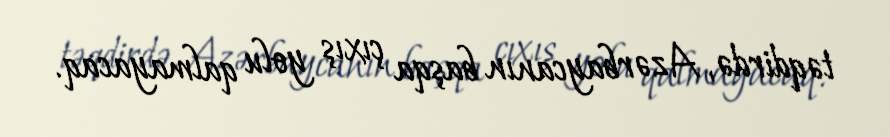
təqdirdə, Azərbaycanın başqa çıxış yolu qalmayacaq.